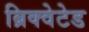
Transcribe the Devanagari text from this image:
ब्रिक्वेटेड